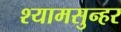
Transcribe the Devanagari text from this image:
श्यामसुन्हर